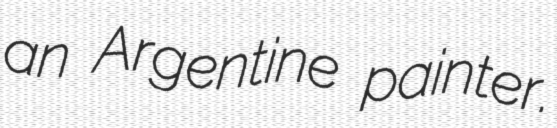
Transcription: an Argentine painter.